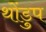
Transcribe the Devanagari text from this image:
थोंडुप